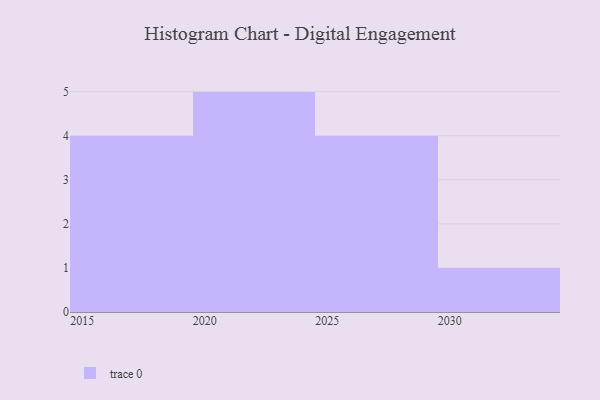
{"axis": {"x": "Year", "y": "Net Income (USD K)"}, "legend": [""], "data": [{"x": "2015", "y": 13, "type": ""}, {"x": "2023", "y": 80, "type": ""}, {"x": "2022", "y": 82, "type": ""}, {"x": "2021", "y": 45, "type": ""}, {"x": "2024", "y": 59, "type": ""}, {"x": "2017", "y": 29, "type": ""}, {"x": "2020", "y": 67, "type": ""}, {"x": "2016", "y": 2, "type": ""}, {"x": "2027", "y": 64, "type": ""}, {"x": "2026", "y": 44, "type": ""}, {"x": "2025", "y": 49, "type": ""}, {"x": "2018", "y": 41, "type": ""}, {"x": "2028", "y": 8, "type": ""}, {"x": "2030", "y": 15, "type": ""}]}